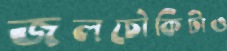
জলচৌকিটাও